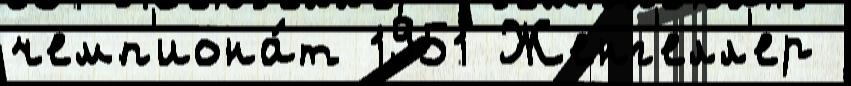
чемп'иона́т 1951 Женг'елл'ер